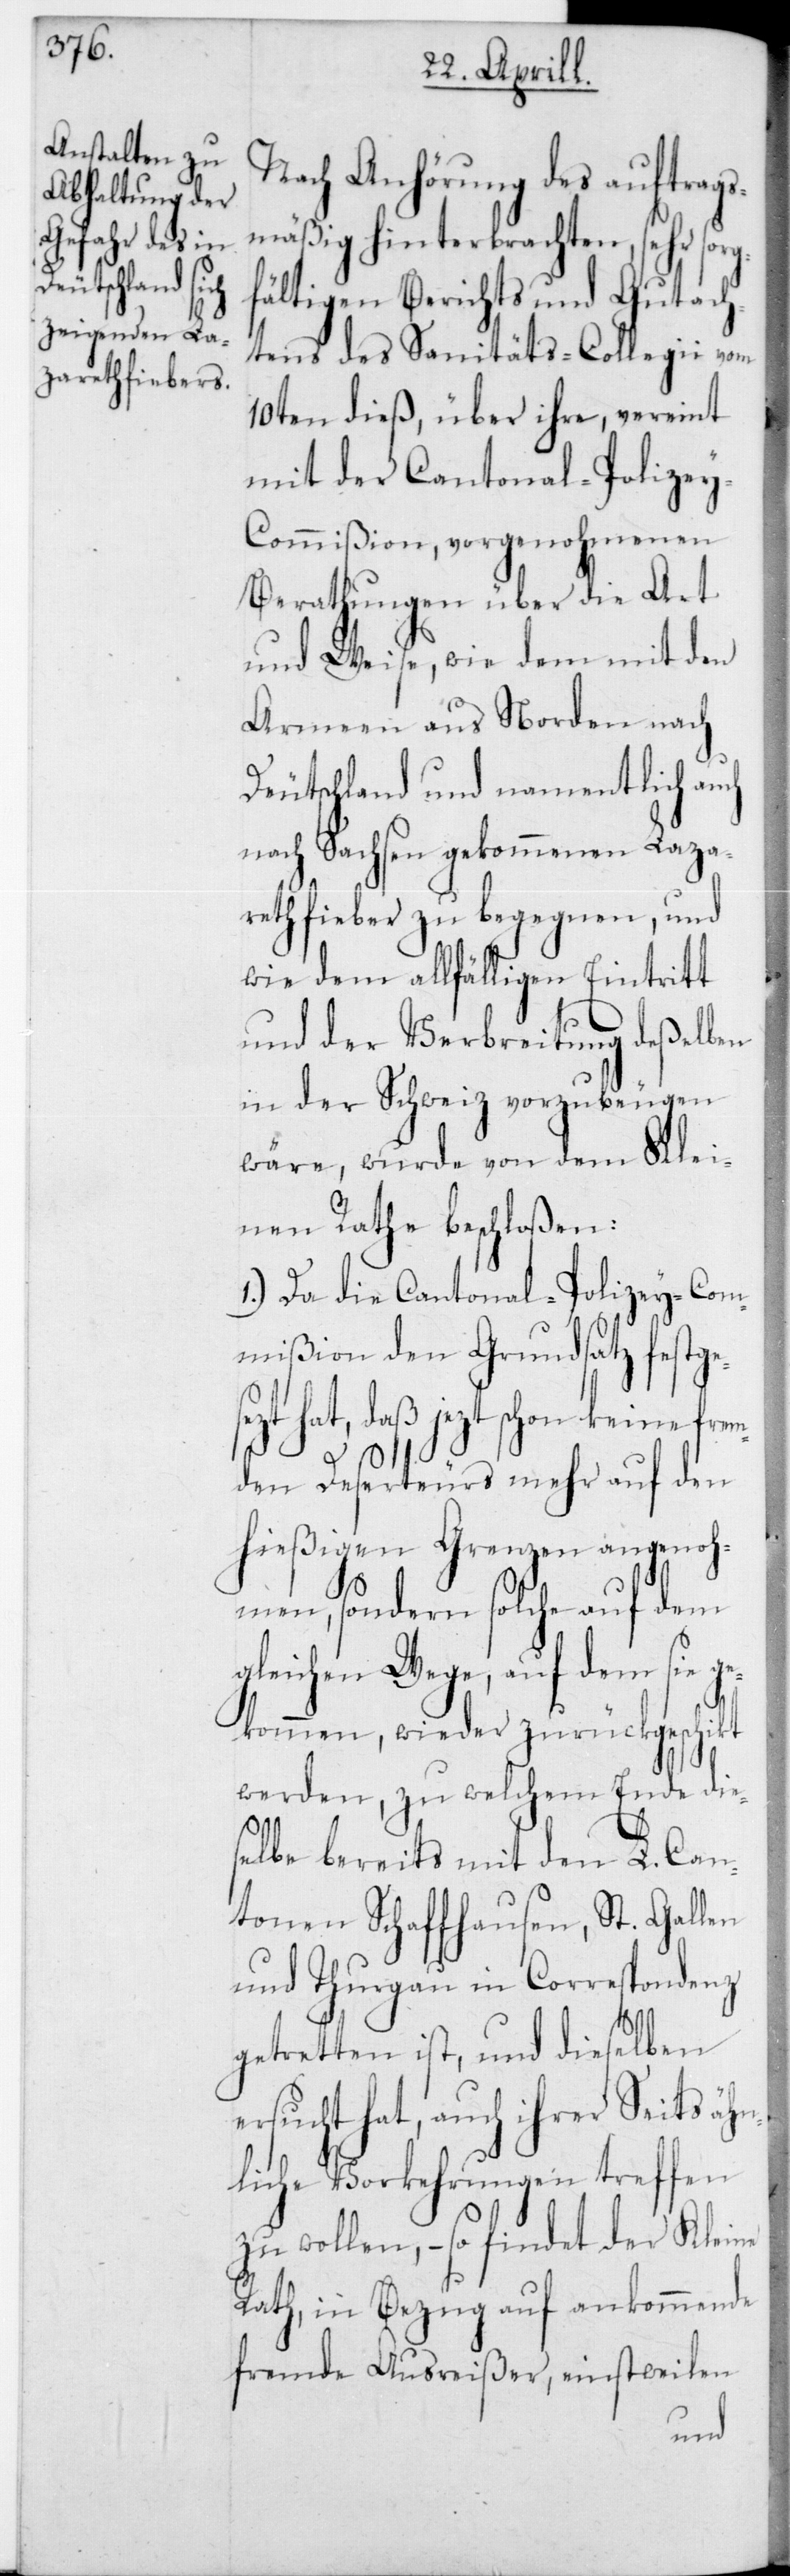
Nach Anhörung des auftrags¬
mäßig hinterbrachten, sehr sorg¬
fältigen Berichts und Gutach¬
tens des Sanitäts-Collegii vom
10ten dieß, über ihre, vereint
mit der Cantonal-Polize¬
y-Commißion vorgenohmenen
Berathungen über die Art
und Weise, wie dem mit den
Armeen aus Norden nach
Deutschland und namentlich auch
nach Sachsen gekommenen Laza¬
rethfieber zu begegnen, und
wie dem allfälligen Eintritt
und der Verbreitung deßelben
in der Schweiz vorzubeugen
wäre, wurde von dem Klei¬
nen Rathe beschloßen:
1.) Da die Cantonal-Polizey-Com¬
mißion den Grundsatz festge¬
hat, daß jetzt schon keine frem¬
den Deserteurs mehr auf den
hießigen Grenzen angenoh¬
men, sondern solche auf dem
gleichen Wege, auf dem sie g¬
ekommen, wieder zurückgeschikt
werden, zu welchem Ende die¬
selbe bereits mit den L. Can¬
tonen Schaffhausen, St. Gallen
und Thurgau in Correspondenz
gestretten ist, und dieselben
ersucht hat, auch ihrer Seits ähn¬
liche Vorkehrungen treffen
zu wollen, – so findet der Kleine
Rath, in Bezug auf ankommende
fremde Ausreißer, einstweilen
sezt